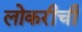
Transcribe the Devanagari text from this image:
लोकरीची